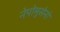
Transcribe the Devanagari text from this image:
नेपोमुसेनो